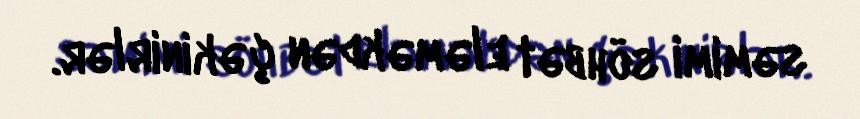
səmimi söhbət eləməkdən çəkinirlər.